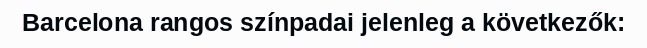
Barcelona rangos színpadai jelenleg a következők: